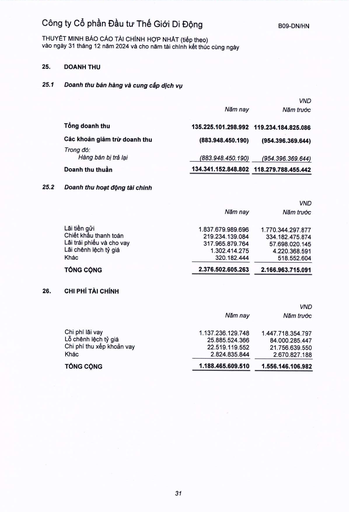
||Năm nay|VND Năm trước| |---|---|---| |Tổng doanh thu|135.225.101.298.992|119.234.184.825.086| |Các khoản giảm trừ doanh thu|(883.948.450.190)|(954.396.369.644)| |Trong đó: Hàng bán bị trả lại|(883.948.450.190)|(954.396.369.644)| |Doanh thu thuần|134.341.152.848.802|118.279.788.455.442| ||Năm nay|VND Năm trước| |---|---|---| |Lãi tiền gửi|1.837.679.989.696|1.770.344.297.877| |Chiết khấu thanh toán|219.234.139.084|334.182.475.874| |Lãi trái phiếu và cho vay|317.965.879.764|57.698.020.145| |Lãi chênh lệch tỷ giá|1.302.414.275|4.220.368.591| |Khác|320.182.444|518.552.604| |TỔNG CỘNG|2.376.502.605.263|2.166.963.715.091| ||Năm nay|VND Năm trước| |---|---|---| |Chi phí lãi vay|1.137.236.129.748|1.447.718.354.797| |Lỗ chênh lệch tỷ giá|25.885.524.366|84.000.285.447| |Chi phí thủ tục khoản vay|22.519.119.552|21.756.639.550| |Khác|2.824.835.844|2.670.827.188| |TỔNG CỘNG|1.188.465.609.510|1.556.146.106.982|